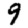
Digit: 9